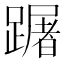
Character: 䠧